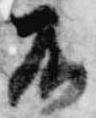
不